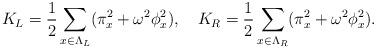
LaTeX: \begin{align*}K_L=\frac{1}{2}\sum_{x\in \Lambda_L}(\pi_x^2+\omega^2\phi_x^2),\ \ \ K_R=\frac{1}{2}\sum_{x\in \Lambda_R}(\pi_x^2+ \omega^2\phi_x^2). \end{align*}